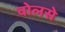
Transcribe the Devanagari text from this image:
वोलसे